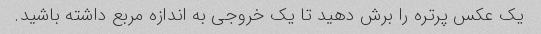
یک عکس پرتره را برش دهید تا یک خروجی به اندازه مربع داشته باشید.